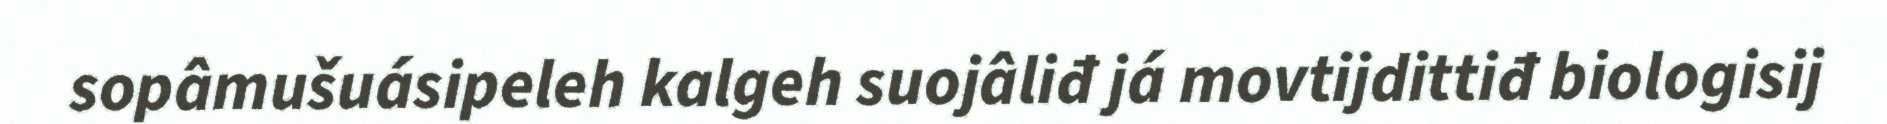
sopâmušuásipeleh kalgeh suojâliđ já movtijdittiđ biologisij